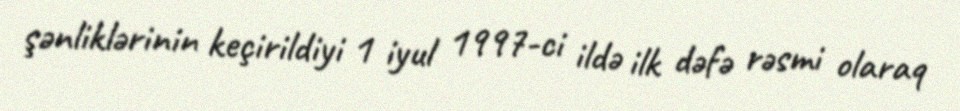
şənliklərinin keçirildiyi 1 iyul 1997-ci ildə ilk dəfə rəsmi olaraq